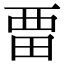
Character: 𭻌